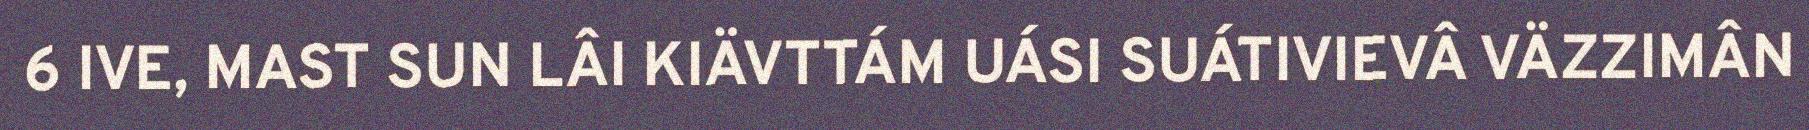
6 IVE, MAST SUN LÂI KIÄVTTÁM UÁSI SUÁTIVIEVÂ VÄZZIMÂN